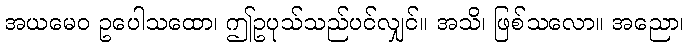
အယမေဝ ဥပေါသထော၊ ဤဥပုသ်သည်ပင်လျှင်။ အသိ၊ ဖြစ်သလော။ အညော၊